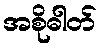
အစိုဓါတ်